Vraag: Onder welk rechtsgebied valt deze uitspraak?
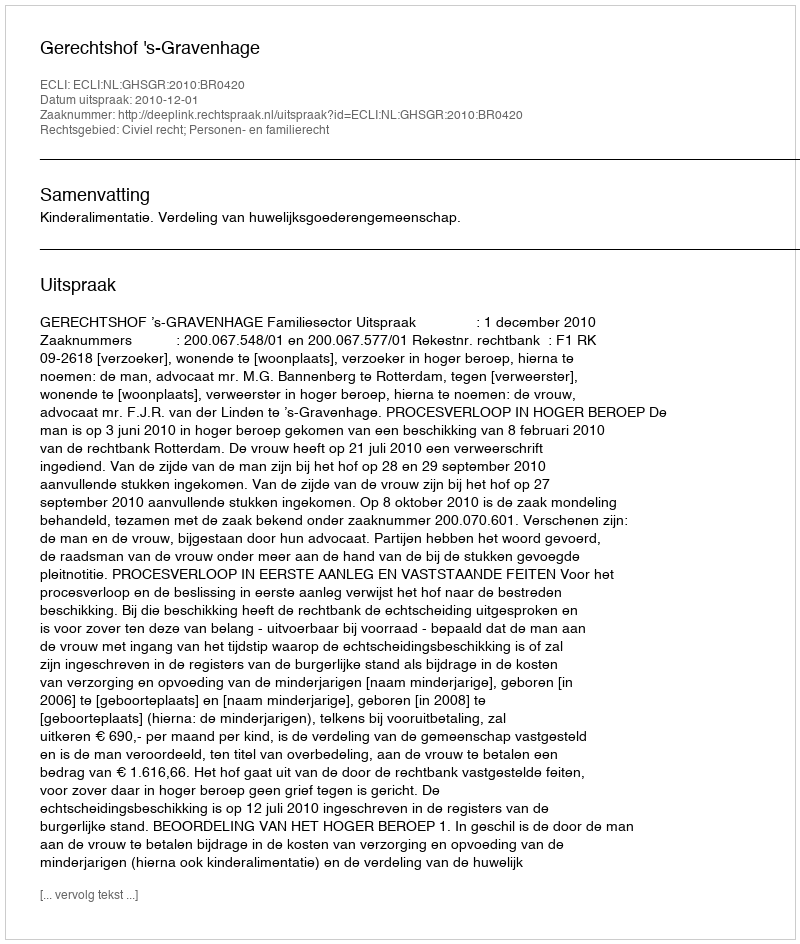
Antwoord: Civiel recht; Personen- en familierecht